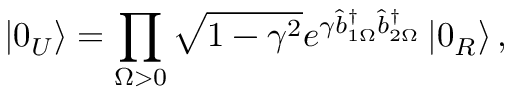
\left\vert 0 _ { U } \right\rangle = \prod _ { \Omega > 0 } \sqrt { 1 - \gamma ^ { 2 } } e ^ { \gamma \hat { b } _ { 1 \Omega } ^ { \dagger } \hat { b } _ { 2 \Omega } ^ { \dagger } } \left\vert 0 _ { R } \right\rangle ,